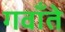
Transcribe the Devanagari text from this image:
गवाँते